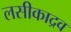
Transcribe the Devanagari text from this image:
लसीकाद्रव